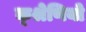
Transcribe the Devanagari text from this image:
क्श्रेणियो